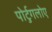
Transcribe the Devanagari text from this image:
पोर्टुगलोए